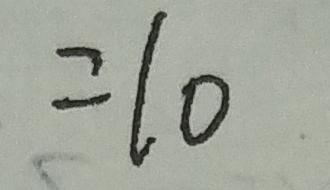
= 1 0